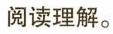
阅读理解。